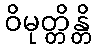
ဝိမုတ္တိန္တိ